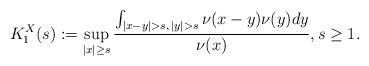
LaTeX: \begin{align*}K^X_1(s):= \sup_{|x| \geq s} \frac{\int_{|x-y|>s, \, |y| > s} \nu(x-y) \nu(y) dy}{\nu(x)}, s \geq 1.\end{align*}